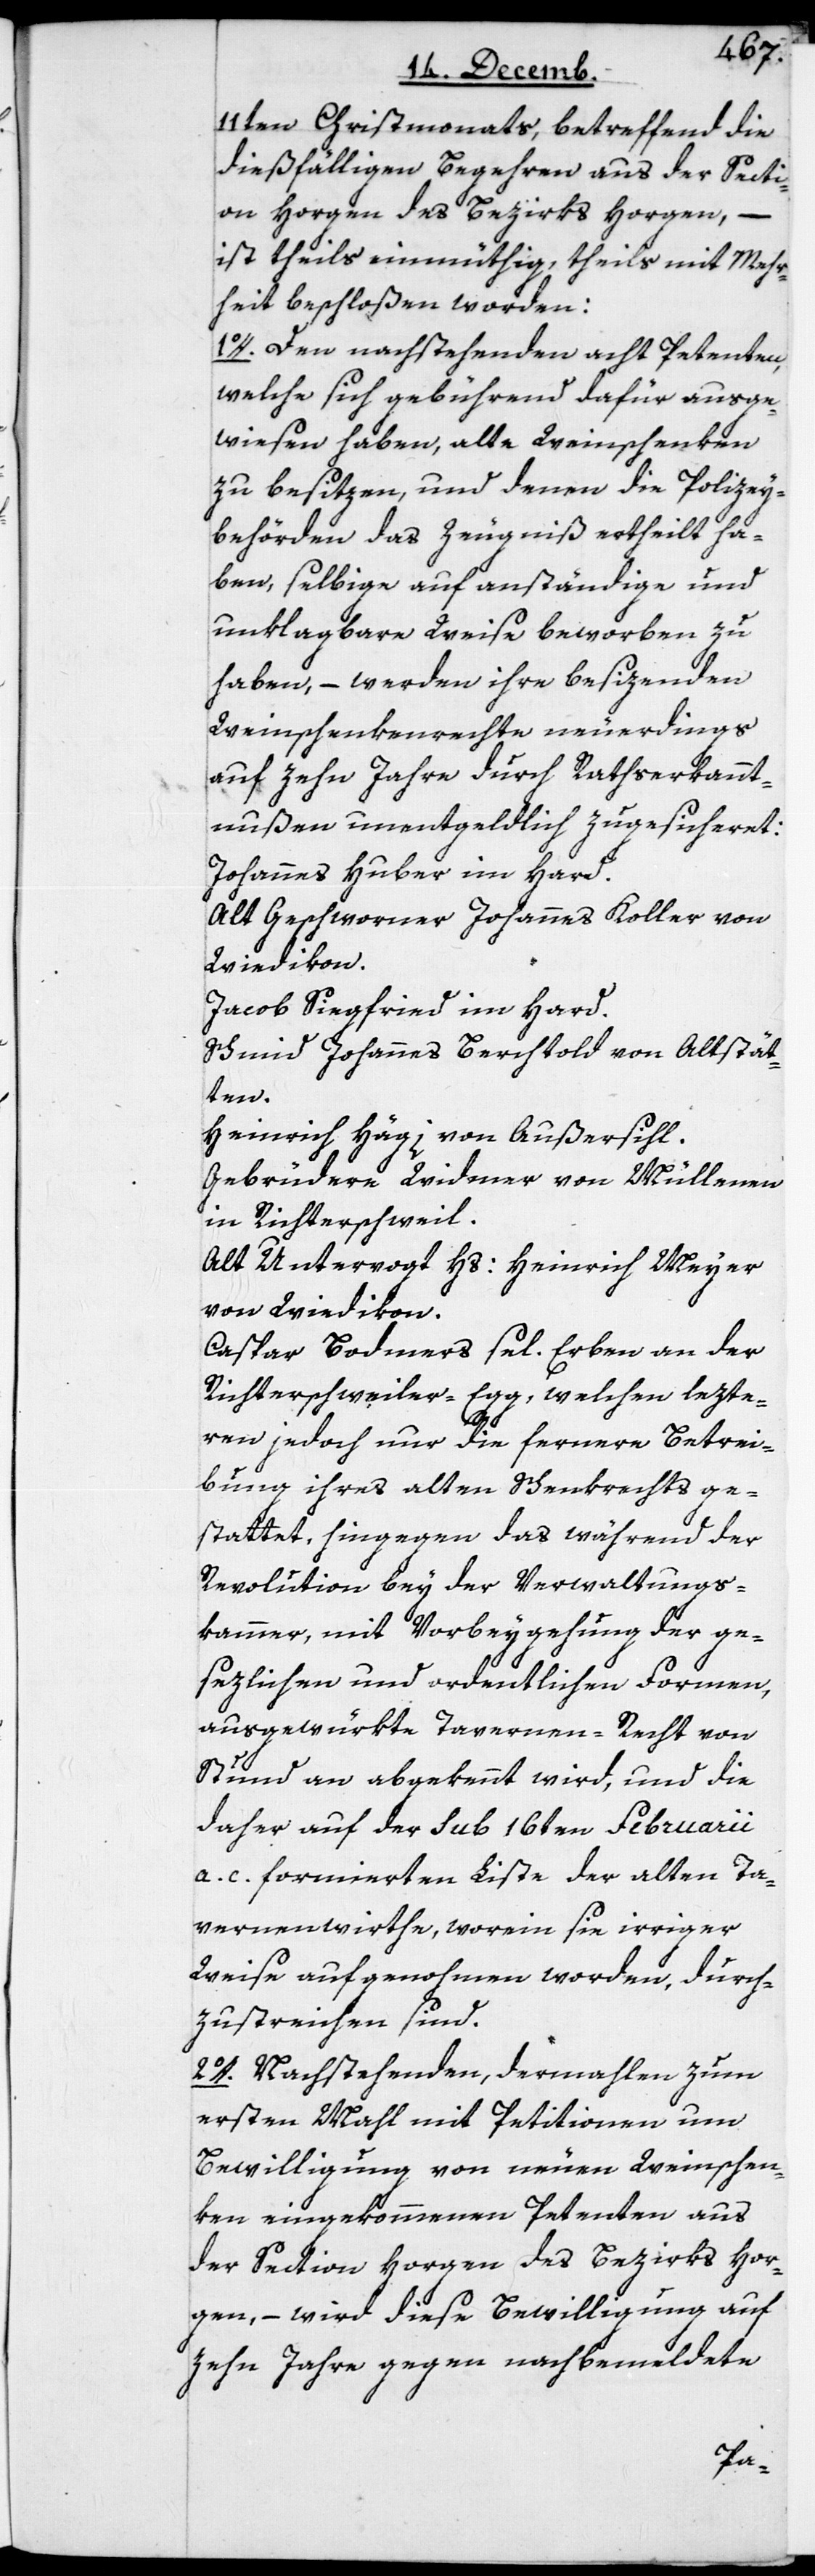
11ten Christmonats, betreffend die
dießfälligen Begehren aus der Secti¬
on Horgen des Bezirks Horgen, –
ist theils einmüthig, theils mit Mehr¬
heit beschloßen worden:
1o. Den nachstehenden acht Petenten,
welche sich gebührend dafür ausge¬
wiesen haben, alte Weinschenken
zu besitzen, und denen die Polizei¬
behörden das Zeugniß ertheilt ha¬
ben, selbige auf anständige und
unklagbare Weise beworben zu
haben, – werden ihre besizenden
Weinschenkenrechte neuerdings
auf zehn Jahre durch Rathserkannt¬
nußen unentgeldlich zugesicheret:
Johannes Huber im Hard.
Alt Geschworner Johannes Koller von
Wiedikon.
Jacob Siegfried im Hard.
Schmid Johannes Berchtold von Altstät¬
ten.
Heinrich Hägi von Außersihl.
Gebrüdere Widmer von Müllenen
in Richterschweil.
Alt Untervogt Hs. Heinrich Meyer
von Wiedikon.
Caspar Bodmers sel. Erben an der
Richterschweiler Egg, welchen lezte¬
ren jedoch nur die fernere Betrei¬
bung ihres alten Schenkrechts ge¬
stattet, hingegen das während der
Revolution bey der Verwaltungs¬
kammer, mit Vorbeygehung der ge¬
sezlichen und ordentlichen Formen,
ausgewürkte Tavernen-Recht von
Stund an abgekennt wird, und die
daher auf der sub 16ten Februarii
a. c. formierten Liste der alten Ta¬
vernenwirthe, worein sie irriger
Weise aufgenohmen worden, durch¬
zustreichen sind.
2o. Nachstehende, dermahlen zum
ersten Mahl mit Petitionen um
Bewilligung von neuen Weinschen¬
ken eingekommenen Petenten aus
der Section Horgen des Bezirks Hor¬
gen, – wird diese Bewilligung auf
zehn Jahre gegen nachbemeldte